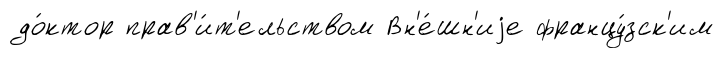
до́ктор прав'и́т'ельством Вн'е́шн'иjе францу́зск'им